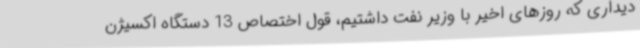
دیداری که روزهای اخیر با وزیر نفت داشتیم، قول اختصاص 13 دستگاه اکسیژن